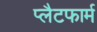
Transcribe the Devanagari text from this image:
प्‍लैटफार्म